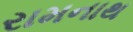
રામનાથ